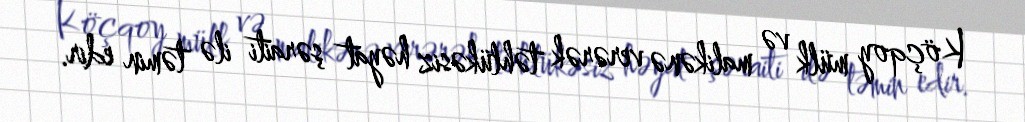
Köçqoy mülk və malikənə verərək təhlükəsiz həyat şəraiti ilə təmin edir.